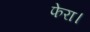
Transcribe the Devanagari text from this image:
फेरा।